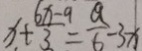
x + \frac { 6 x - 9 } { 3 } = \frac { 9 } { 6 } - 3 x